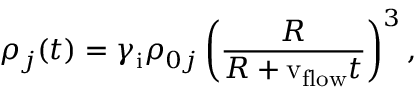
\rho _ { j } ( t ) = \gamma _ { \mathrm { i } } \rho _ { 0 j } \left( \frac { R } { R + \mathrm { v _ { f l o w } } t } \right) ^ { 3 } ,